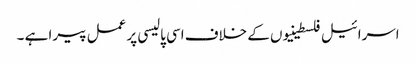
اسرائیل فلسطینیوں کے خلاف اسی پالیسی پر عمل پیرا ہے ۔